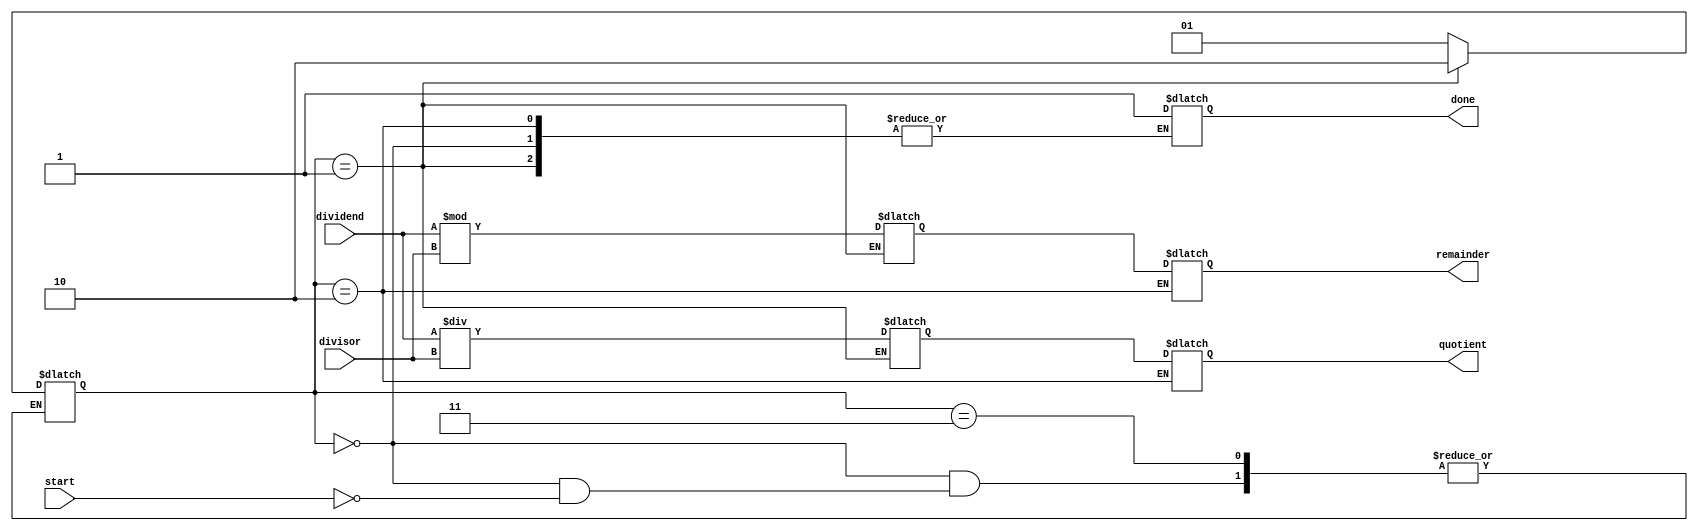
module radix2_srt_divider (
    input signed [31:0] dividend,
    input signed [31:0] divisor,
    output reg signed [31:0] quotient,
    output reg signed [31:0] remainder,
    input start,
    output done
);

// Define internal signals
reg [31:0] partial_quotient;
reg [31:0] partial_remainder;
reg [4:0] iteration_count;

// Control signals
reg [1:0] state;

// Define states
localparam IDLE = 2'b00;
localparam COMPUTE_QUOTIENT = 2'b01;
localparam SHIFT_REMAINDER = 2'b10;
localparam DONE = 2'b11;

// Initial state
always @(*) begin
    case(state)
        IDLE: begin
            if(start) state = COMPUTE_QUOTIENT;
        end
        COMPUTE_QUOTIENT: begin
            // Perform division operation and calculate partial quotient
            partial_quotient <= dividend / divisor;
            partial_remainder <= dividend % divisor;
            
            state = SHIFT_REMAINDER;
        end
        SHIFT_REMAINDER: begin
            // Shift remainder and update quotient
            quotient <= partial_quotient;
            remainder <= partial_remainder;

            iteration_count <= iteration_count + 1;
            if(iteration_count == 32) state = DONE;
            else state = COMPUTE_QUOTIENT;
        end
        DONE: begin
            // Set done signal once division is completed
            done = 1;
        end
    endcase
end

// Initializations
initial begin
    state = IDLE;
    iteration_count = 0;
    done = 0;
    quotient = 0;
    remainder = 0;
end

endmodule